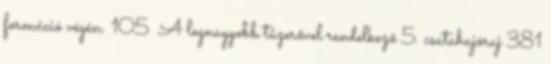
formáció végén. 105 A legnagyobb tűzerővel rendelkező 5. csatahajóraj 381